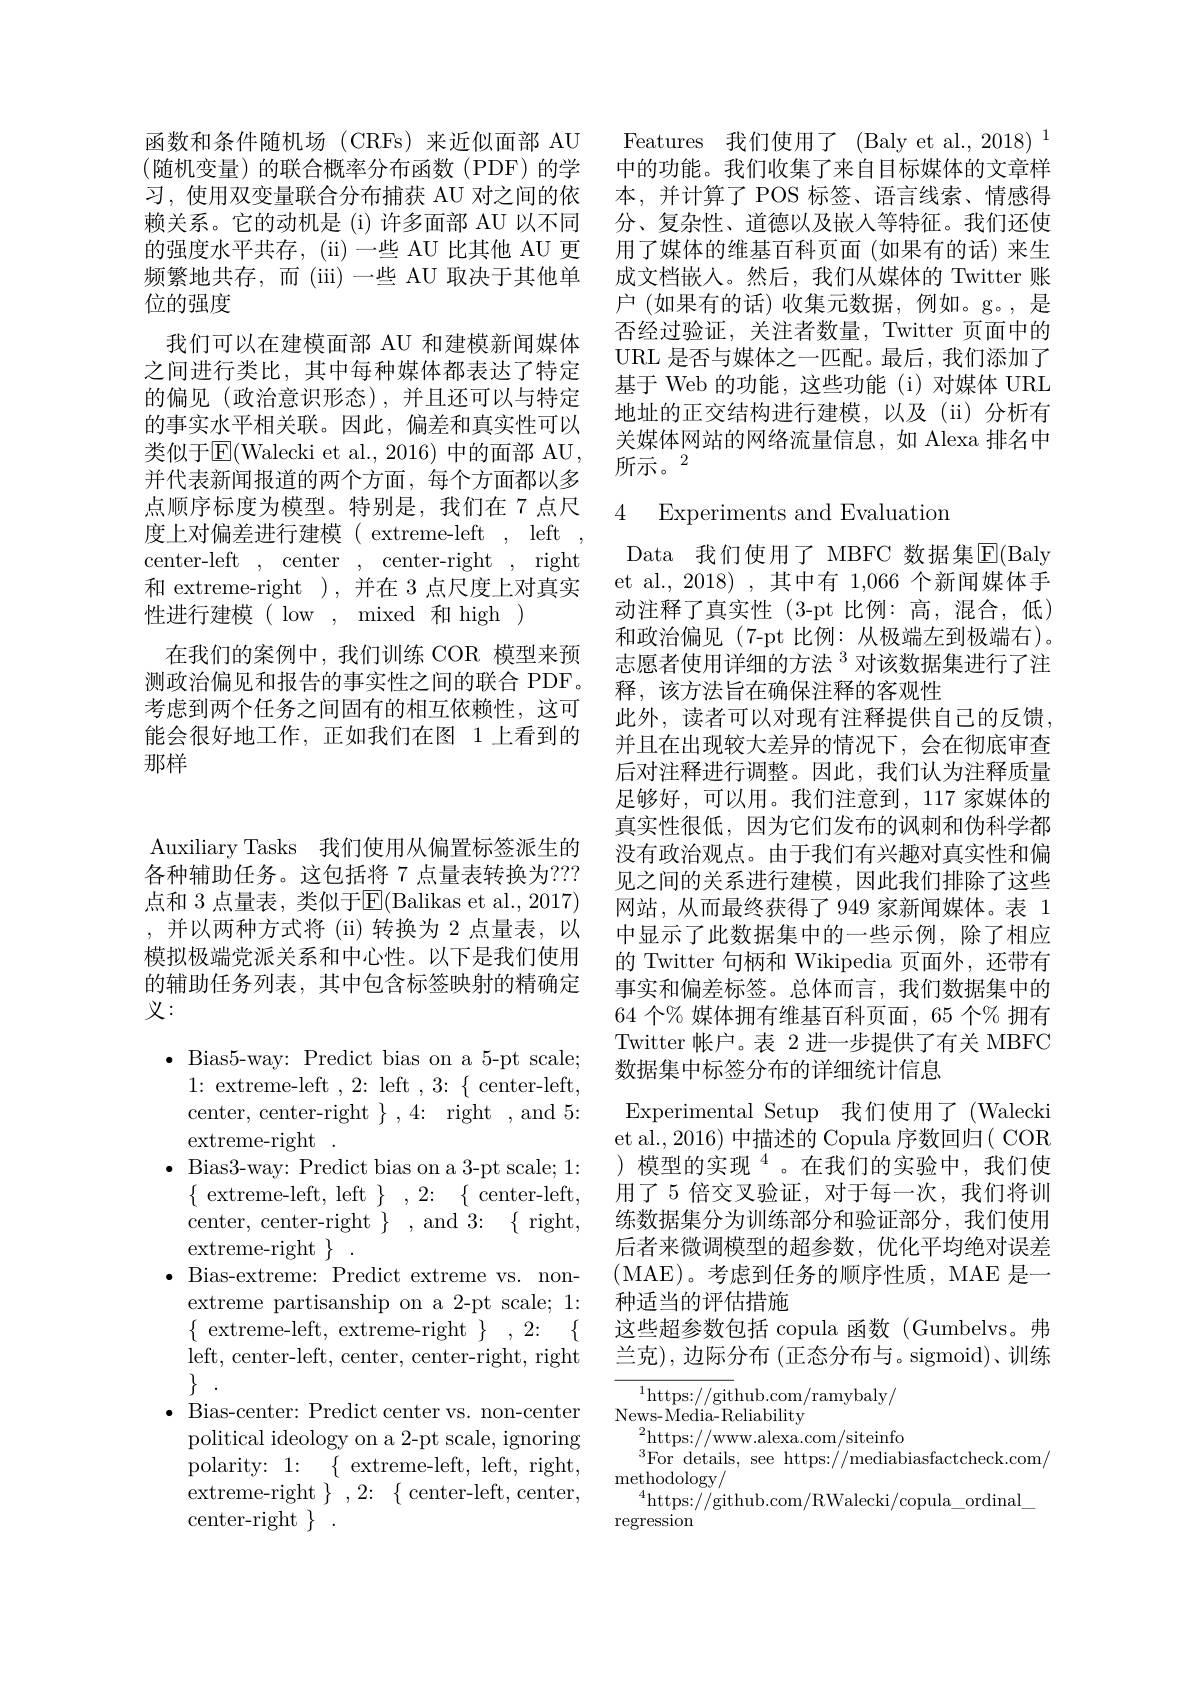
函数和条件随机场(CRFs)来近似面部 AU (随机变量)的联合概率分布函数(PDF)的学习，使用双变量联合分布捕获 AU 对之间的依赖关系。它的动机是 (i) 许多面部 AU 以不同的强度水平共存，(ii) 一些 AU 比其他 AU 更频繁地共存，而(iii)一些 AU 取决于其他单位的强度
我们可以在建模面部 AU 和建模新闻媒体之间进行类比，其中每种媒体都表达了特定的偏见(政治意识形态),并且还可以与特定的事实水平相关联。因此，偏差和真实性可以类似于$\operatorname{E}($Walecki et al., 2016) 中的面部 AU, 并代表新闻报道的两个方面，每个方面都以多点顺序标度为模型。特别是，我们在 7 点尺度上对偏差进行建模 ( extreme-left , left center-left, center , center-right , right 和 extreme-right ),并在 3 点尺度上对真实性进行建模( low, mixed 和 high )
在我们的案例中，我们训练 COR 模型来预测政治偏见和报告的事实性之间的联合 PDF。考虑到两个任务之间固有的相互依赖性，这可能会很好地工作，正如我们在图 1 上看到的那样

Auxiliary Tasks 我们使用从偏置标签派生的各种辅助任务。这包括将 7 点量表转换为？?? 点和 3 点量表，类似于E$( Balikas et al. , 2017)$ ,并以两种方式将 (ii)转换为 2 点量表，以模拟极端党派关系和中心性。以下是我们使用的辅助任务列表，其中包含标签映射的精确定义：

$\bullet$Bias5-way: Predict bias on a 5-pt scale;
1{:}extreme-left,2{:}left$,3{:}\{$center-left, center, center-right $\},4{:}$ right , and 5: extreme-right.
$\bullet$ Bias3-way: Predict bias on a 3-pt scale; 1:
$\{~$extreme-left, left$\}~,~2{:}~\{~$center-left, center, center-right $\}$, and 3:$\{$ right, extreme-right $\}~.$
$\bullet$ Bias-extreme: Predict extreme vs. non-
extreme partisanship on a 2-pt scale; 1: $\{{\mathrm{~extreme-left,~extreme-right~}}\},2{:}\{$ left, center- left, center, center- right, right
$\bullet$ Bias-center: Predict center vs. non-center
political ideology on a 2-pt scale, ignoring polarity: 1: $\{$extreme- left, left, right, extreme-right $\}~,~2{:}~\{~$center-left, center, center-right $\}~.$

Features 我们使用了 (Baly et al.,2018)^1中的功能。我们收集了来自目标媒体的文章样本，并计算了 POS 标签、语言线索、情感得分、复杂性、道德以及嵌入等特征。我们还使用了媒体的维基百科页面(如果有的话)来生成文档嵌入。然后，我们从媒体的 Twitter 账户 (如果有的话) 收集元数据，例如。g。,是否经过验证，关注者数量，Twitter 页面中的URL 是否与媒体之一匹配。最后，我们添加了基于 Web 的功能，这些功能 (i)对媒体 URL 地址的正交结构进行建模，以及(ii)分析有关媒体网站的网络流量信息，如 Alexa 排名中所示。2

## 4 Experiments and Evaluation

Data 我们使用了 MBFC 数据集$\overline{\mathrm{E}}($Baly et al., 2018),其中有 1,066 个新闻媒体手动注释了真实性(3-pt 比例：高，混合，低) 和政治偏见(7-pt 比例：从极端左到极端右)。志愿者使用详细的方法$^{3}$对该数据集进行了注释，该方法旨在确保注释的客观性
此外，读者可以对现有注释提供自己的反馈， 并且在出现较大差异的情况下，会在彻底审查后对注释进行调整。因此，我们认为注释质量足够好，可以用。我们注意到，117 家媒体的真实性很低，因为它们发布的讽刺和伪科学都没有政治观点。由于我们有兴趣对真实性和偏见之间的关系进行建模，因此我们排除了这些网站，从而最终获得了 949 家新闻媒体。表 1中显示了此数据集中的一些示例，除了相应的 Twitter 句柄和 Wikipedia 页面外，还带有事实和偏差标签。总体而言，我们数据集中的64 个% 媒体拥有维基百科页面，65 个% 拥有Twitter 帐户。表 2进一步提供了有关 MBFC 数据集中标签分布的详细统计信息
Experimental Setup 我们使用了(Walecki et al., 2016) 中描述的 Copula 序数回归( COR )模型的实现$^{4}$。在我们的实验中，我们使用了 5 倍交叉验证，对于每一次，我们将训练数据集分为训练部分和验证部分，我们使用后者来微调模型的超参数，优化平均绝对误差(MAE)。考虑到任务的顺序性质，MAE 是一种适当的评估措施
这些超参数包括 copula 函数(Gumbelvs。弗兰克),边际分布 (正态分布与。sigmoid)、训练
$^{1}$https://github.com/ramybaly/

$\mathrm{News-Media-Reliability}^{\prime}$
${}^{2}$https://www.alexa.com/siteinfo
$^3$For details, see https://mediabiasfactcheck.com/
$\operatorname*{methodology/}_{4}$
$^{4}$https://github.com/RWalecki/copula\_ordinal\_
regression